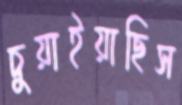
চুয়াইয়াছিস